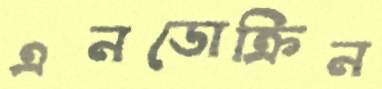
এনডোক্রিন